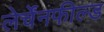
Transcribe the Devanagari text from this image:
लेर्चेंनफील्ड